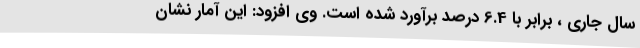
سال جاری ، برابر با 6.4 درصد برآورد شده است. وی افزود: این آمار نشان